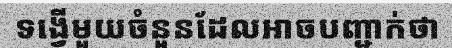
ទង្វើមួយចំនួនដែលអាចបញ្ជាក់ថា